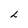
Character: L